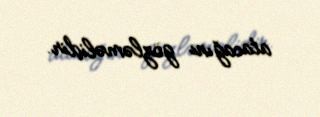
atacağını gözləməlidir.